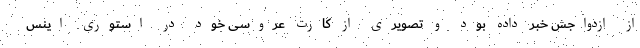
از ازدواجش خبر داده بود و تصویری از کارت عروسی خود در استوری اینس